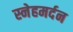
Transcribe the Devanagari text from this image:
स्नेहमर्दन